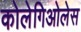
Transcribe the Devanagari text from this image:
कोलेगिओलेस